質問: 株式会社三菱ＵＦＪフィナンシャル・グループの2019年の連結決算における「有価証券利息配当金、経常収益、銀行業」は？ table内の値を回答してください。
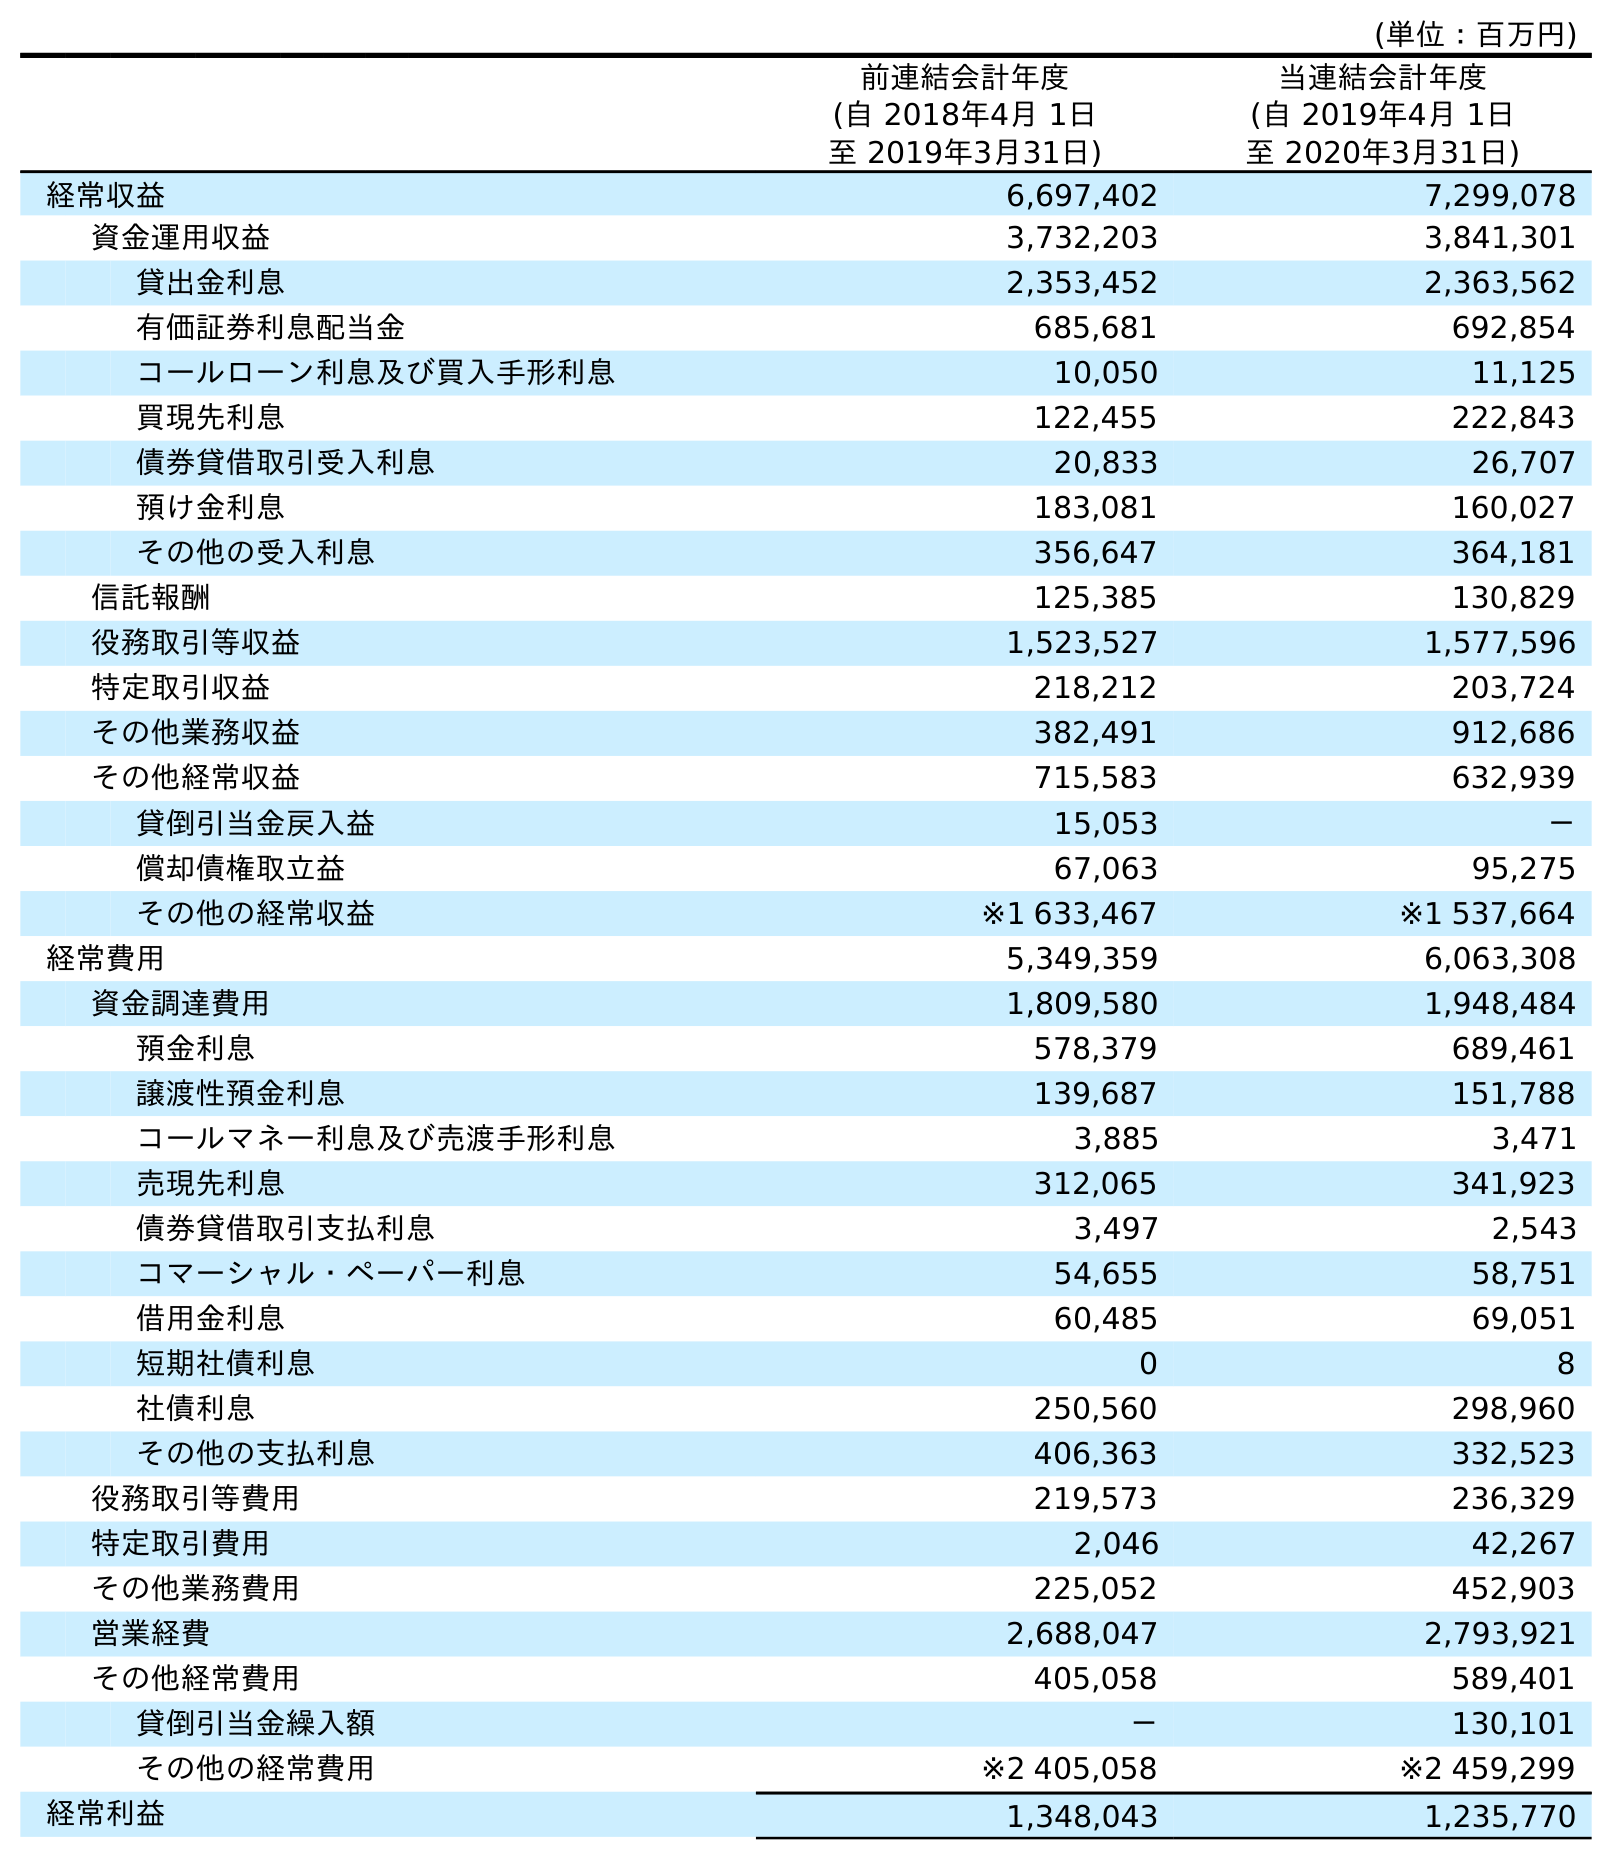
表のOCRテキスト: (単位：百万円) 前連結会計年度 (自 2018年4月 1日 至 2019年3月31日) 当連結会計年度 (自 2019年4月 1日 至 2020年3月31日) 経常収益 6,697,402 7,299,078 資金運用収益 3,732,203 3,841,301 貸出金利息 2,353,452 2,363,562 有価証券利息配当金 685,681 692,854 コールローン利息及び買入手形利息 10,050 11,125 買現先利息 122,455 222,843 債券貸借取引受入利息 20,833 26,707 預け金利息 183,081 160,027 その他の受入利息 356,647 364,181 信託報酬 125,385 130,829 役務取引等収益 1,523,527 1,577,596 特定取引収益 218,212 203,724 その他業務収益 382,491 912,686 その他経常収益 715,583 632,939 貸倒引当金戻入益 15,053 － 償却債権取立益 67,063 95,275 その他の経常収益 ※1 633,467 ※1 537,664 経常費用 5,349,359 6,063,308 資金調達費用 1,809,580 1,948,484 預金利息 578,379 689,461 譲渡性預金利息 139,687 151,788 コールマネー利息及び売渡手形利息 3,885 3,471 売現先利息 312,065 341,923 債券貸借取引支払利息 3,497 2,543 コマーシャル・ペーパー利息 54,655 58,751 借用金利息 60,485 69,051 短期社債利息 0 8 社債利息 250,560 298,960 その他の支払利息 406,363 332,523 役務取引等費用 219,573 236,329 特定取引費用 2,046 42,267 その他業務費用 225,052 452,903 営業経費 2,688,047 2,793,921 その他経常費用 405,058 589,401 貸倒引当金繰入額 － 130,101 その他の経常費用 ※2 405,058 ※2 459,299 経常利益 1,348,043 1,235,770
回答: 685,681